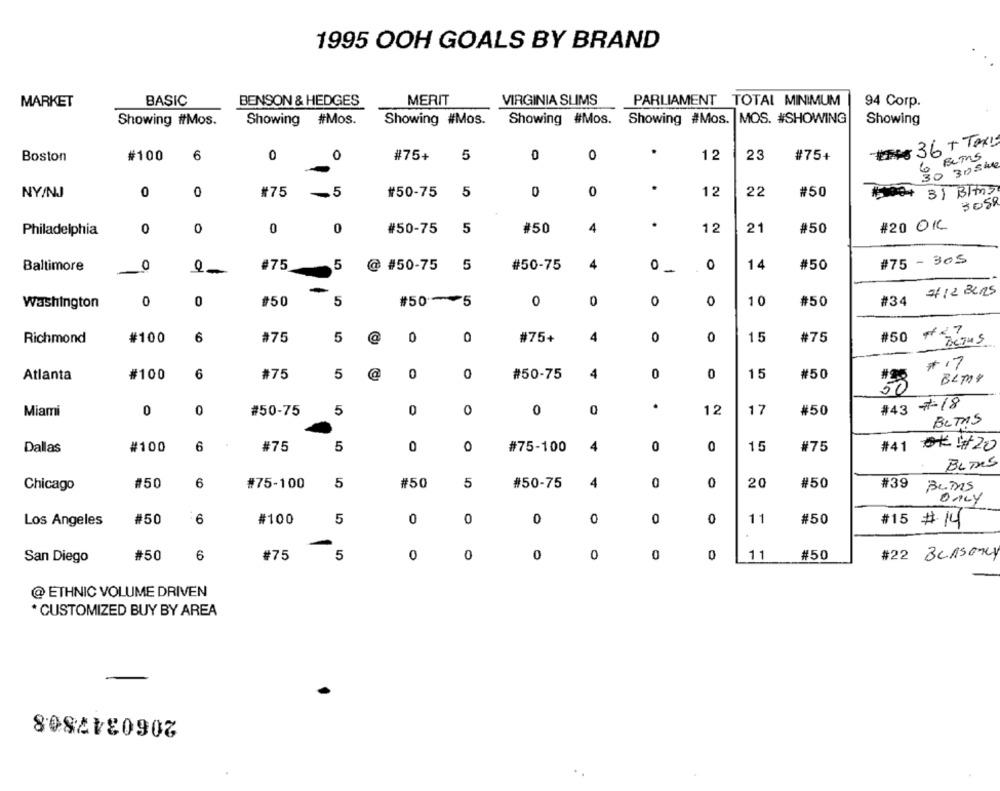
1995 OOH GOALS BY BRAND
MARKET
BASIC
BENSON & HEDGES
MERIT
VIRGINIA SLIMS
PARLIAMENT TOTAL MINIMUM
94 Corp.
#Mos.
Showing #Mos.
Showing #Mos. Showing #Mos. MOS. #SHOWING
Showing #Mos.
Showing
Showing
###36 + TAXI
Boston
#100
6
0
0
#75+
5
0
0
12
23
#75+
30 30 ske
.
3) Bits
NY/NJ
0
0
#75
-
.5
#50-75
5
0
0
12
22
#50
3058
0
0
0
0
#50-75
5
#50
4
12
21
#50
#20 OK
Philadelphia
#75 - Bos
Baltimore
O
O
#75
5
@ #50-75
5
#50-75
4
O
0
14
#50
#12 BLIRS
O
0
#50
5
#50
5
0
0
0
1 0
#50
#34
Washington
Richmond
#100
6
#75
5
#75+
4
0
0
15
#75
#50
"Beans
#17
Atlanta
#100
6
#75
5
@
0
0
#50-75
4
0
0
15
#50
#28
BLMY
50
#43 7-18
0
0
#50-75
5
0
0
0
.
12
17
#50
Miami
BUTAS
Dallas
#100
6
#75
5
0
0
#75-100
4
0
0
15
#75
#41 #20
BLTAS
#50
#50
5
#50-75
4
0
0
#50
Chicago
6
#75-100
5
20
#39
BUTAs
ONLY
Los Angeles
#50
6
#100
5
0
0
0
0
0
0
11
#50
#15 # 14
#50
#22 BeASONY
San Diego
#50
6
#75
5
0
0
0
0
0
0
11
@ ETHNIC VOLUME DRIVEN
* CUSTOMIZED BUY BY AREA
808ZŁE0907